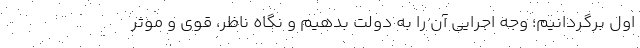
اول برگردانیم؛ وجه اجرایی آن را به دولت بدهیم و نگاه ناظر، قوی و موثر